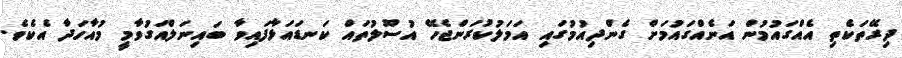
ދިރޭތަކެތި އެއްގައުމުން އަނެއްގައުމަށް ގެންދިއުމުގައި އަމަލުކުރަންޖެހޭ އުސޫލުތައް ކަނޑައަޅާފައިވާ ބައިނަލްއަގުވާމީ މުއާހަދާ އެކެވެ.